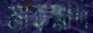
মাহম্মাদ